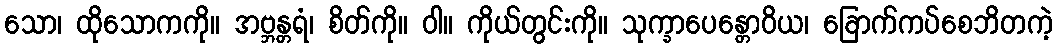
သော၊ ထိုသောကကို။ အဗ္ဘန္တရံ၊ စိတ်ကို။ ဝါ။ ကိုယ်တွင်းကို။ သုက္ခာပေန္တောဝိယ၊ ခြောက်ကပ်စေဘိတကဲ့